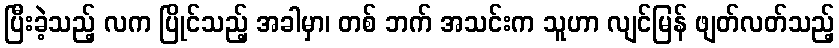
ပြီးခဲ့သည့် လက ပြိုင်သည့် အခါမှာ၊ တစ် ဘက် အသင်းက သူဟာ လျင်မြန် ဖျတ်လတ်သည့်